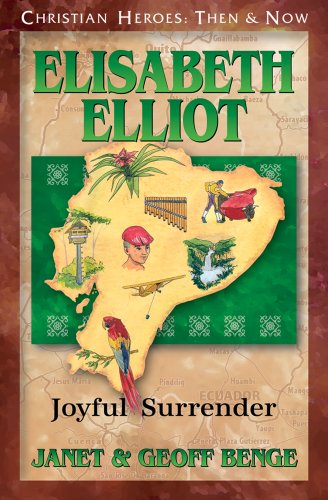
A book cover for Elisabeth Elliot: Joyful Surrender (Christian Heroes: Then & Now); Janet Benge; Children's Books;